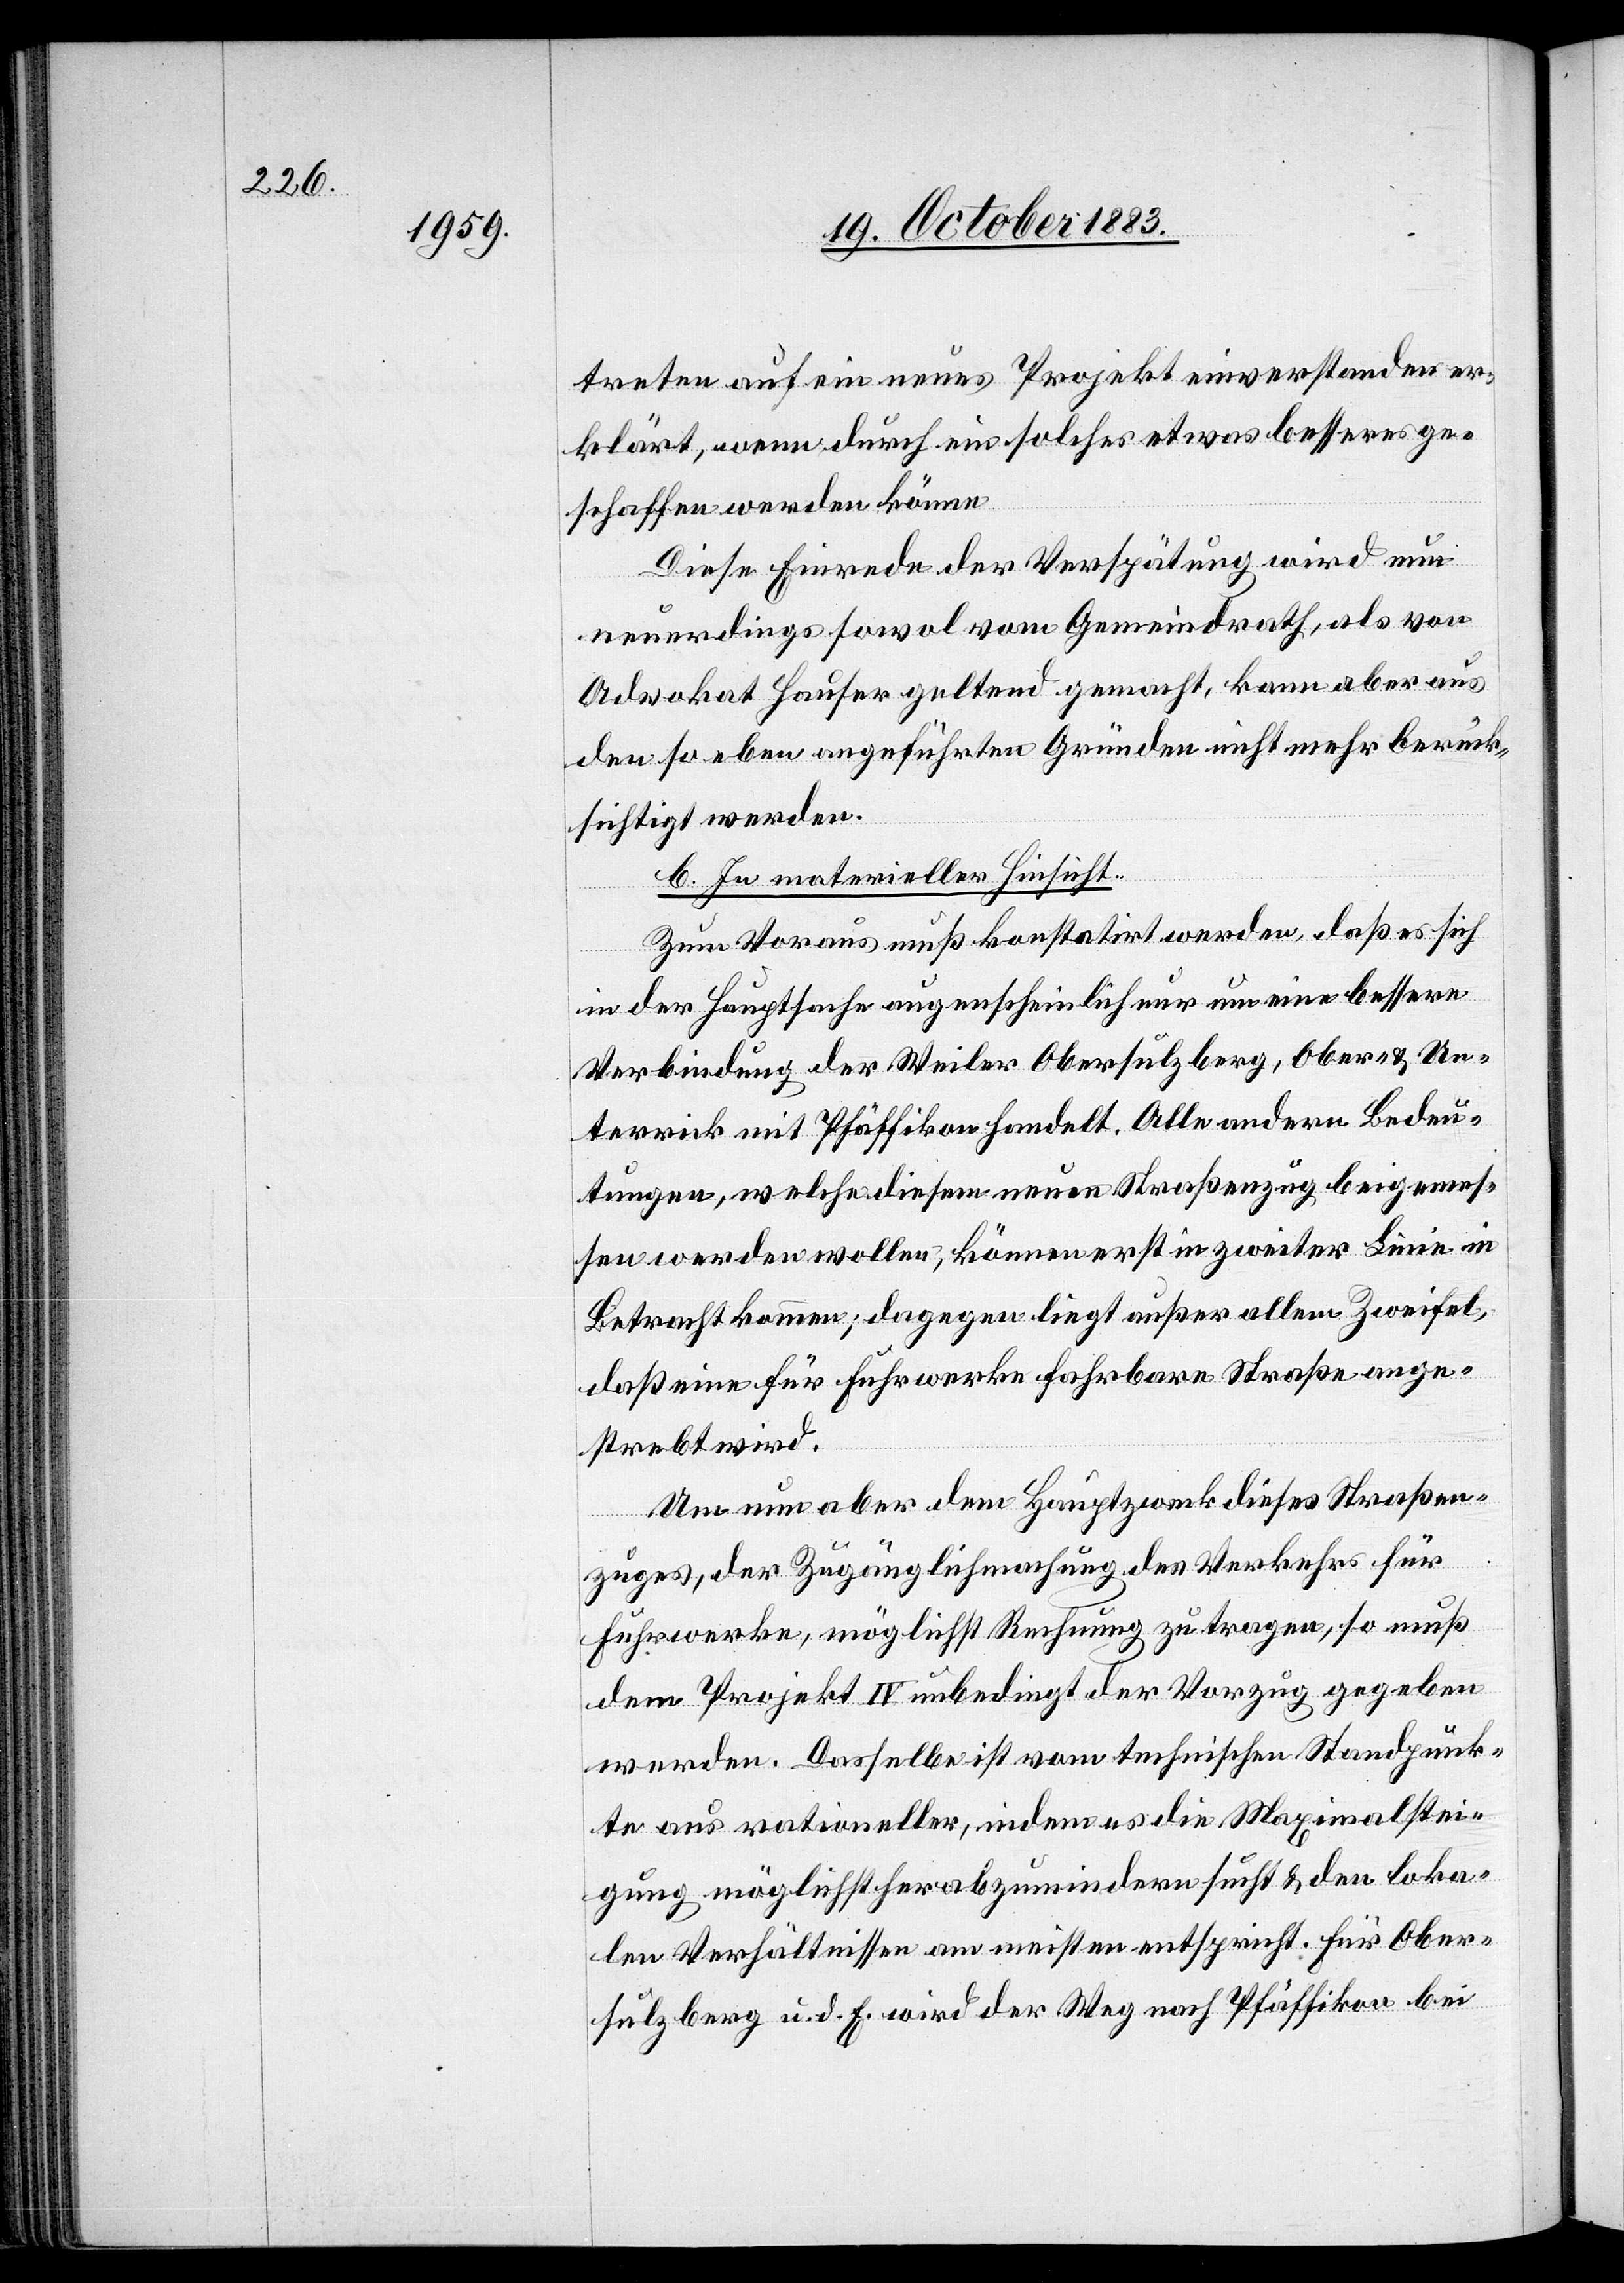
treten auf ein neues Projekt einverstanden er¬
klärt, wenn durch ein solches etwas besseres ge¬
schaffen werden könne.
Diese Einrede der Verspätung wird nun
neuerdings sowol vom Gemeindrath, als von
Advokat Hauser geltend gemacht, kann aber aus
den so eben angeführten Gründen nicht mehr Berück¬
sichtigt werden.
b. In materieller Hinsicht:
Zum Voraus muß konstatirt werden, daß es sich
in der Hauptsache augenscheinlich nur um eine bessere
Verbindung der Weiler Obersulzberg, Ober- & Un¬
terrick mit Pfäffikon handelt. Alle andern Bedeu¬
tungen welche diesem neuen Straßenzug beigemes¬
sen werden wollen, können erst in zweiter Linie in
Betracht kommen; dagegen liegt außer allen Zweifel,
daß eine für Fuhrwerke fahrbare Straße ange¬
strebt wird.
Um nun aber dem Hauptzweck dieses Straßen¬
zuges, der Zugänglichmachung des Verkehrs für
Fuhrwerke, möglichst Rechnung zu tragen, so muß
dem Projekt IV unbedingt der Vorzug gegeben
werden. Dasselbe ist vom technischen Standpunk¬
te aus rationeller, indem es die Maximalstei¬
gung möglichst herabzumindern sucht & den loka¬
len Verhältnissen am meisten entspricht. Für Ober¬
sulzberg u. d. E. wird der Weg nach Pfäffikon bei